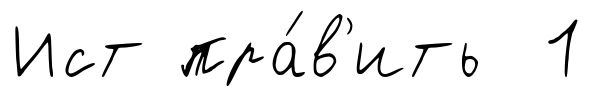
Ист пра́в'ить 1